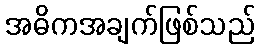
အဓိကအချက်ဖြစ်သည်